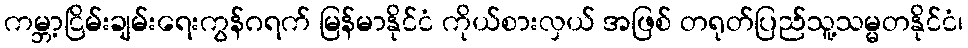
ကမ္ဘာ့ငြိမ်းချမ်းရေးကွန်ဂရက် မြန်မာနိုင်ငံ ကိုယ်စားလှယ် အဖြစ် တရုတ်ပြည်သူ့သမ္မတနိုင်ငံ၊